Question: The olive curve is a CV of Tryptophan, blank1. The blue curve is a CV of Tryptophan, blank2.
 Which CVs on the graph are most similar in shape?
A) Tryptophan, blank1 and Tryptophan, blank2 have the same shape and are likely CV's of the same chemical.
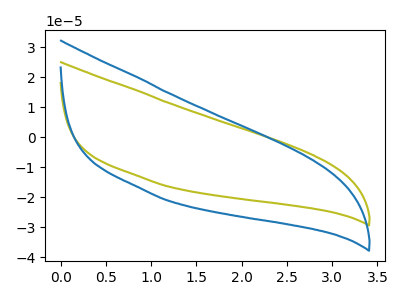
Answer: <think>The olive curve "Tryptophan, blank1" has no peaks. The blue curve "Tryptophan, blank2" has no peaks.
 Neither "Tryptophan, blank1" or "Tryptophan, blank2" have any peaks.</think>
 <answer>A) "Tryptophan, blank1" and "Tryptophan, blank2" have the same shape and are likely CV's of the same chemical.</answer>
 <eval>A</eval>